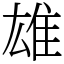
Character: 雄